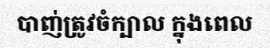
បាញ់ត្រូវចំក្បាល ក្នុងពេល